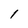
Character: l